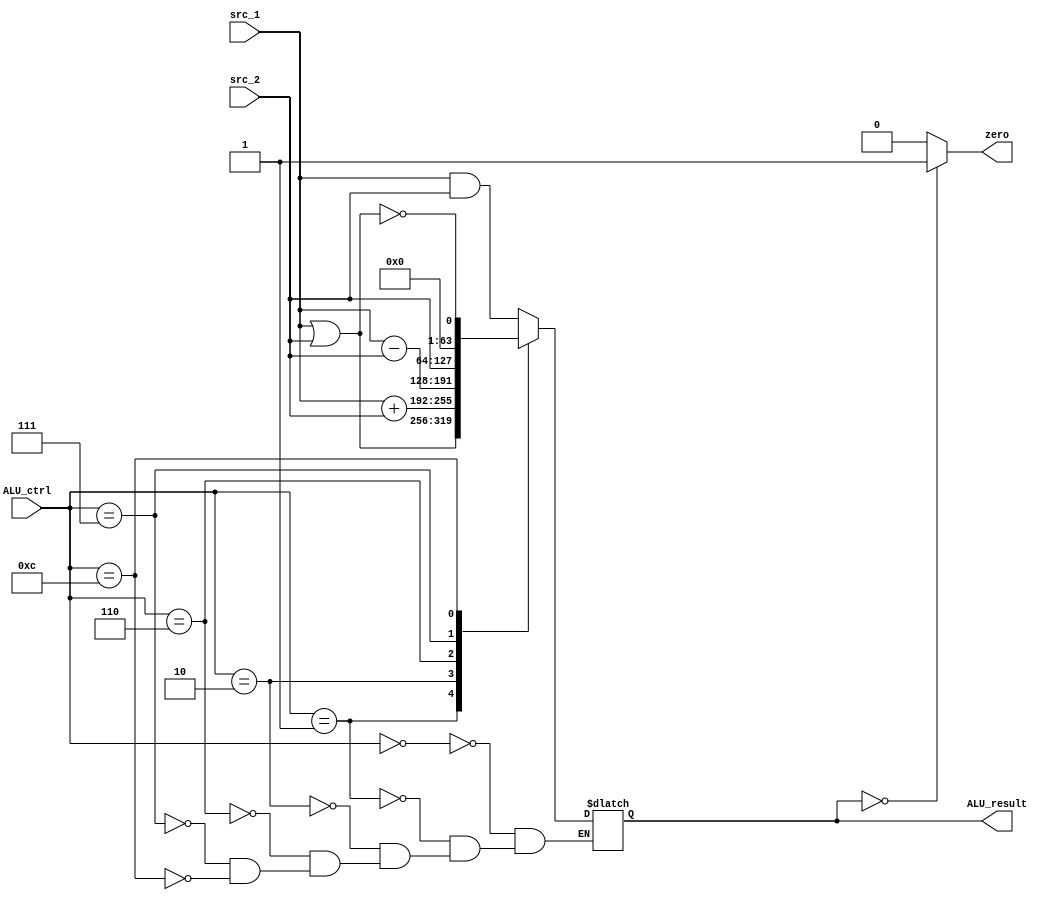
`timescale 1ns / 1ps

`define AND 4'b0000
`define OR  4'b0001
`define ADD 4'b0010
`define SUB 4'b0110
`define PIB 4'b0111
`define NOR 4'b1100

module LEGv8_ALU(
    input [3:0]  ALU_ctrl,
    input [63:0] src_1,
    input [63:0] src_2,

    output reg        zero,
    output reg [63:0] ALU_result
    );

    always @(*)
        case(ALU_ctrl)
            `AND: ALU_result <= src_1 & src_2;
            `OR:  ALU_result <= src_1 | src_2;
            `ADD: ALU_result <= src_1 + src_2;
            `SUB: ALU_result <= src_1 - src_2;
            `PIB: ALU_result <= src_2;
            `NOR: ALU_result <= !(src_1 | src_2);
        endcase

    always @(ALU_result)
        if (ALU_result == 0)
            zero <= 1'b1;
        else
            zero <= 1'b0;

endmodule